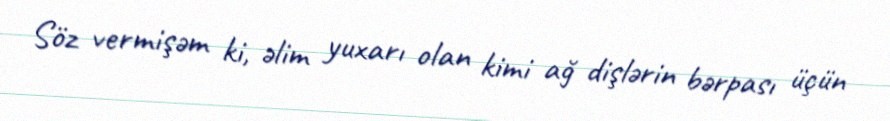
Söz vermişəm ki, əlim yuxarı olan kimi ağ dişlərin bərpası üçün